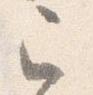
已